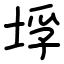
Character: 垺